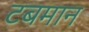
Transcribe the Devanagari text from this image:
टबमान